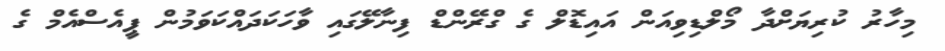
މިހާރު ކުރިޔަށްދާ މޯލްޑިވިއަން އައިޑޮލް ގެ ގްރޭންޑް ފިނާލޭގައި ވާހަކަދައްކަވަމުން ޕީއެސްއެމް ގެ